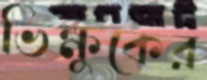
ভিক্ষুকের